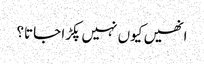
انھیں کیوں نہیں پکڑا جاتا؟